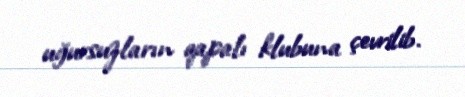
uğursuzların qapalı klubuna çevrilib.